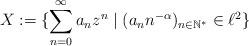
LaTeX: \begin{align*}X := \{\sum_{n=0}^\infty a_n z^n \mid (a_n n^{-\alpha})_{n\in \mathbb{N^*}} \in \ell^2 \}\end{align*}